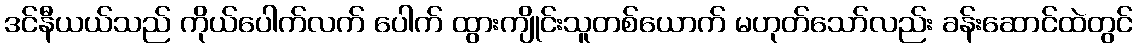
ဒင်နီယယ်သည် ကိုယ်ပေါက်လက် ပေါက် ထွားကျိုင်းသူတစ်ယောက် မဟုတ်သော်လည်း ခန်းဆောင်ထဲတွင်